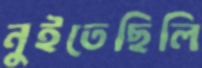
নুইতেছিলি